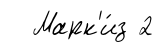
Марк'и́з 2